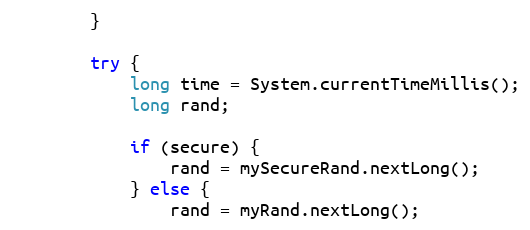
Language: Java
        }

        try {
            long time = System.currentTimeMillis();
            long rand;

            if (secure) {
                rand = mySecureRand.nextLong();
            } else {
                rand = myRand.nextLong();